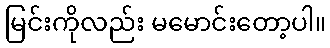
မြင်းကိုလည်း မမောင်းတော့ပါ။